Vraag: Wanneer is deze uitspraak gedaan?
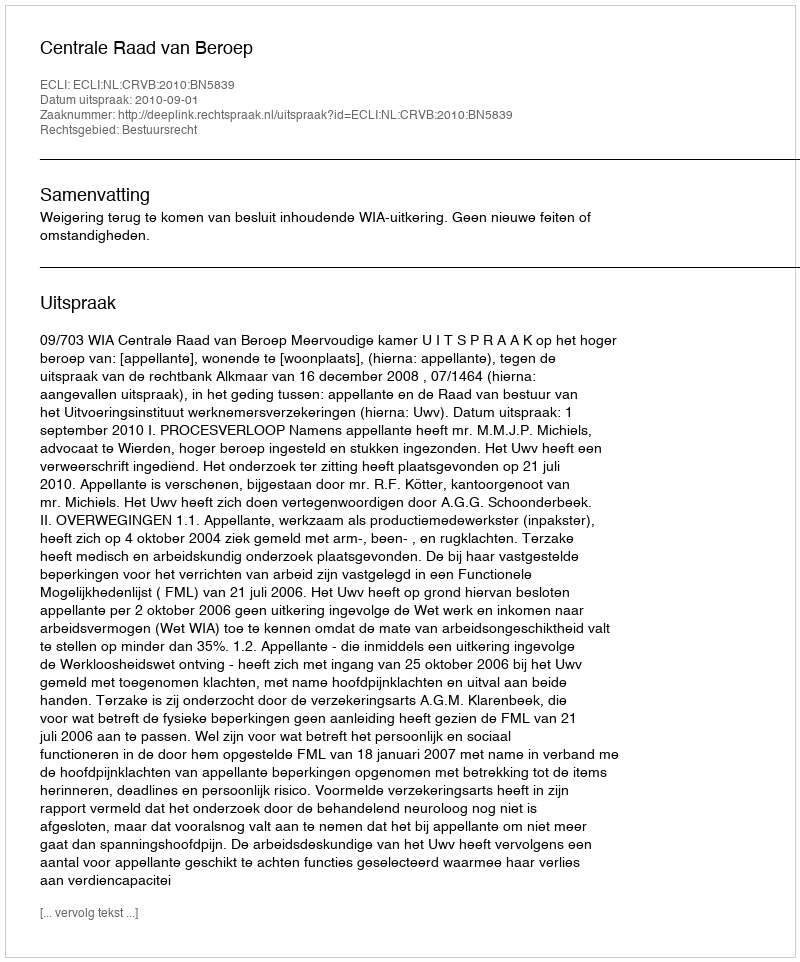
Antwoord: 2010-09-01